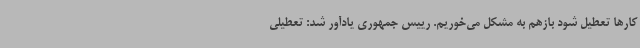
کارها تعطیل شود بازهم به مشکل می‌خوریم. رییس جمهوری یادآور شد: تعطیلی